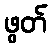
ဖွတ်